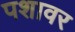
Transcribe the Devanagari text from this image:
पशावर